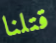
قتلنا